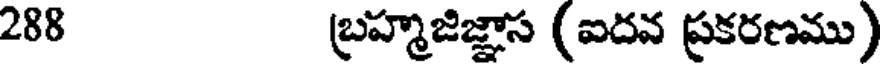
288 బ్రహ్మజిజ్ఞాస (ఐదవ ప్రకరణము)